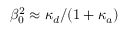
\beta _ { 0 } ^ { 2 } \approx \kappa _ { d } / ( 1 + \kappa _ { a } )